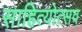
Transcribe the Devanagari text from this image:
साहित्योत्सव